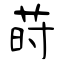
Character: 莳